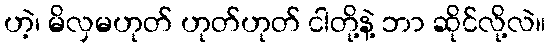
ဟဲ့၊ မိလှမဟုတ် ဟုတ်ဟုတ် ငါတို့နဲ့ ဘာ ဆိုင်လို့လဲ။